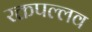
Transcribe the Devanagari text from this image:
रक्तपल्लव